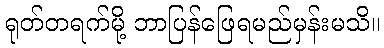
ရုတ်တရက်မို့ ဘာပြန်ဖြေရမည်မှန်းမသိ။